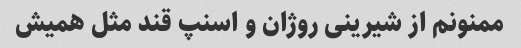
ممنونم از شیرینی روژان و اسنپ قند مثل همیش